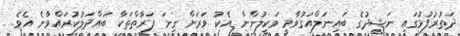
ދަތުރުފުޅުގައި ނަޝީދުގެ ބައިނަލްއަގުވާމީ ވަކީލުންނާ އެކު ވަރަށް ގިނަ ފަރާތްތަކާ ބައްދަލުކުރައްވާނެ އެވެ.